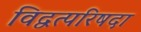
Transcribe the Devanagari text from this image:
विद्वत्परिषदा